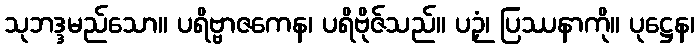
သုဘဒ္ဒမည်သော။ ပရိဗ္ဗာဇကေန၊ ပရိဗိုဇ်သည်။ ပဉှံ၊ ပြဿနာကို။ ပုဋ္ဌေန၊